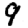
Digit: 9